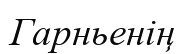
Гарньенің